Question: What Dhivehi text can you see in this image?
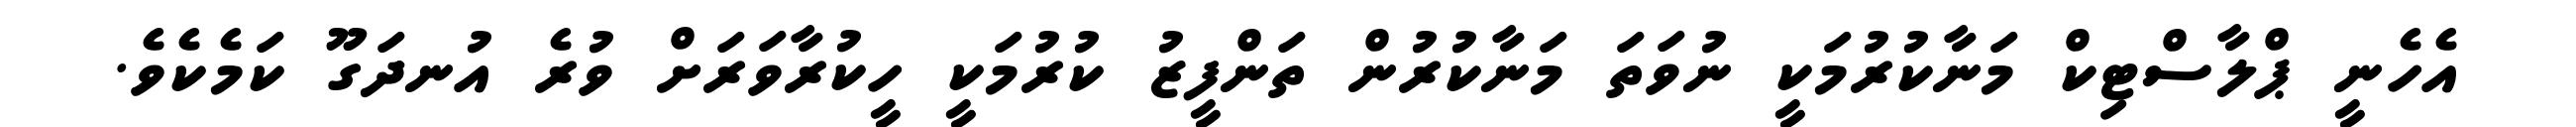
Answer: އެހެނީ ޕްލާސްޓިކް މަނާކުރުމަކީ ނުވަތަ މަނާކުރުން ތަންފީޒު ކުރުމަކީ ހީކުރާވަރަށް ވުރެ އުނދަގޫ ކަމެކެވެ.